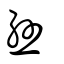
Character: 絲